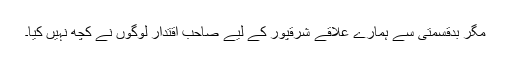
مگر بدقسمتی سے ہمارے علاقے شرقپور کے لیے صاحب اقتدار لوگوں نے کچھ نہیں کیا۔